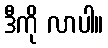
ဒီကို လာပါ။